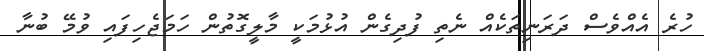
ހުރެ އެއްވެސް ދަރަނިތަކެއް ނެތި ފުދިގެން އުޅުމަކީ މާލީގޮތުން ހަމަޖެހިފައި ވުމޭ ބުނާ